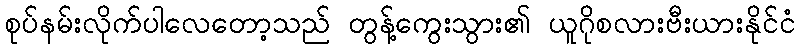
စုပ်နမ်းလိုက်ပါလေတော့သည် တွန့်ကွေးသွား၏ ယူဂိုစလားဗီးယားနိုင်ငံ